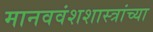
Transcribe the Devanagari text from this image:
मानववंशशास्त्रांच्या